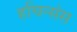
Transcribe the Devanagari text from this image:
हचिन्संस